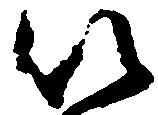
以